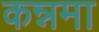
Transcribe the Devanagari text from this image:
कन्नमा